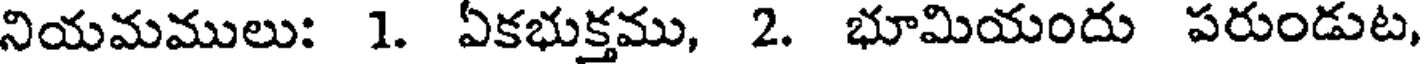
నియమములు: 1. ఏకభుక్తము, 2. భూమియందు పరుండుట,